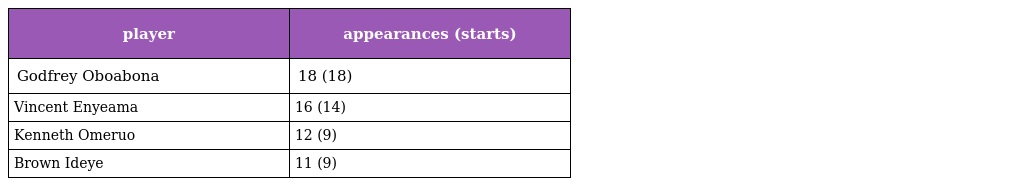
| player | appearances (starts) |
 | --- | --- |
 | Godfrey Oboabona | 18 (18) |
 | Vincent Enyeama | 16 (14) |
 | Kenneth Omeruo | 12 (9) |
 | Brown Ideye | 11 (9) |